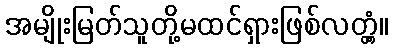
အမျိုးမြတ်သူတို့မထင်ရှားဖြစ်လတ္တံ့။